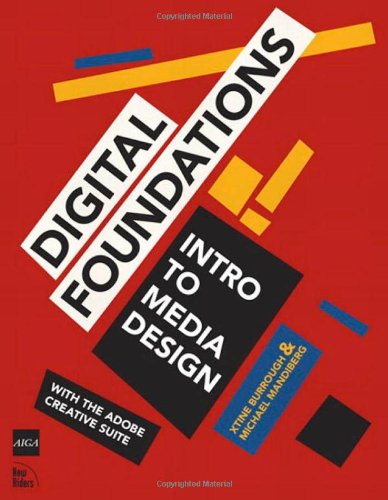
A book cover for Digital Foundations: Intro to Media Design with the Adobe Creative Suite; xtine burrough; Computers & Technology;